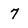
Character: 7